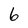
Character: 6